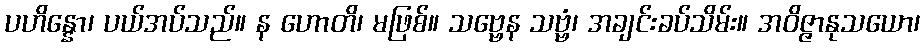
ပဟိန္နော၊ ပယ်အပ်သည်။ န ဟောတိ၊ မဖြစ်။ သဗ္ဗေန သဗ္ဗံ၊ အချင်းခပ်သိမ်း။ အဝိဇ္ဇာနုသယော၊